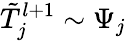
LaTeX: \tilde{T}_{j}^{l+1}\sim\Psi_{j}